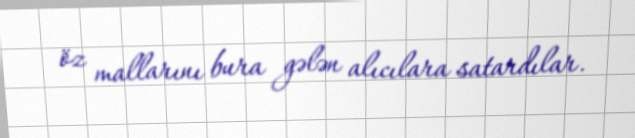
öz mallarını bura gələn alıcılara satardılar.